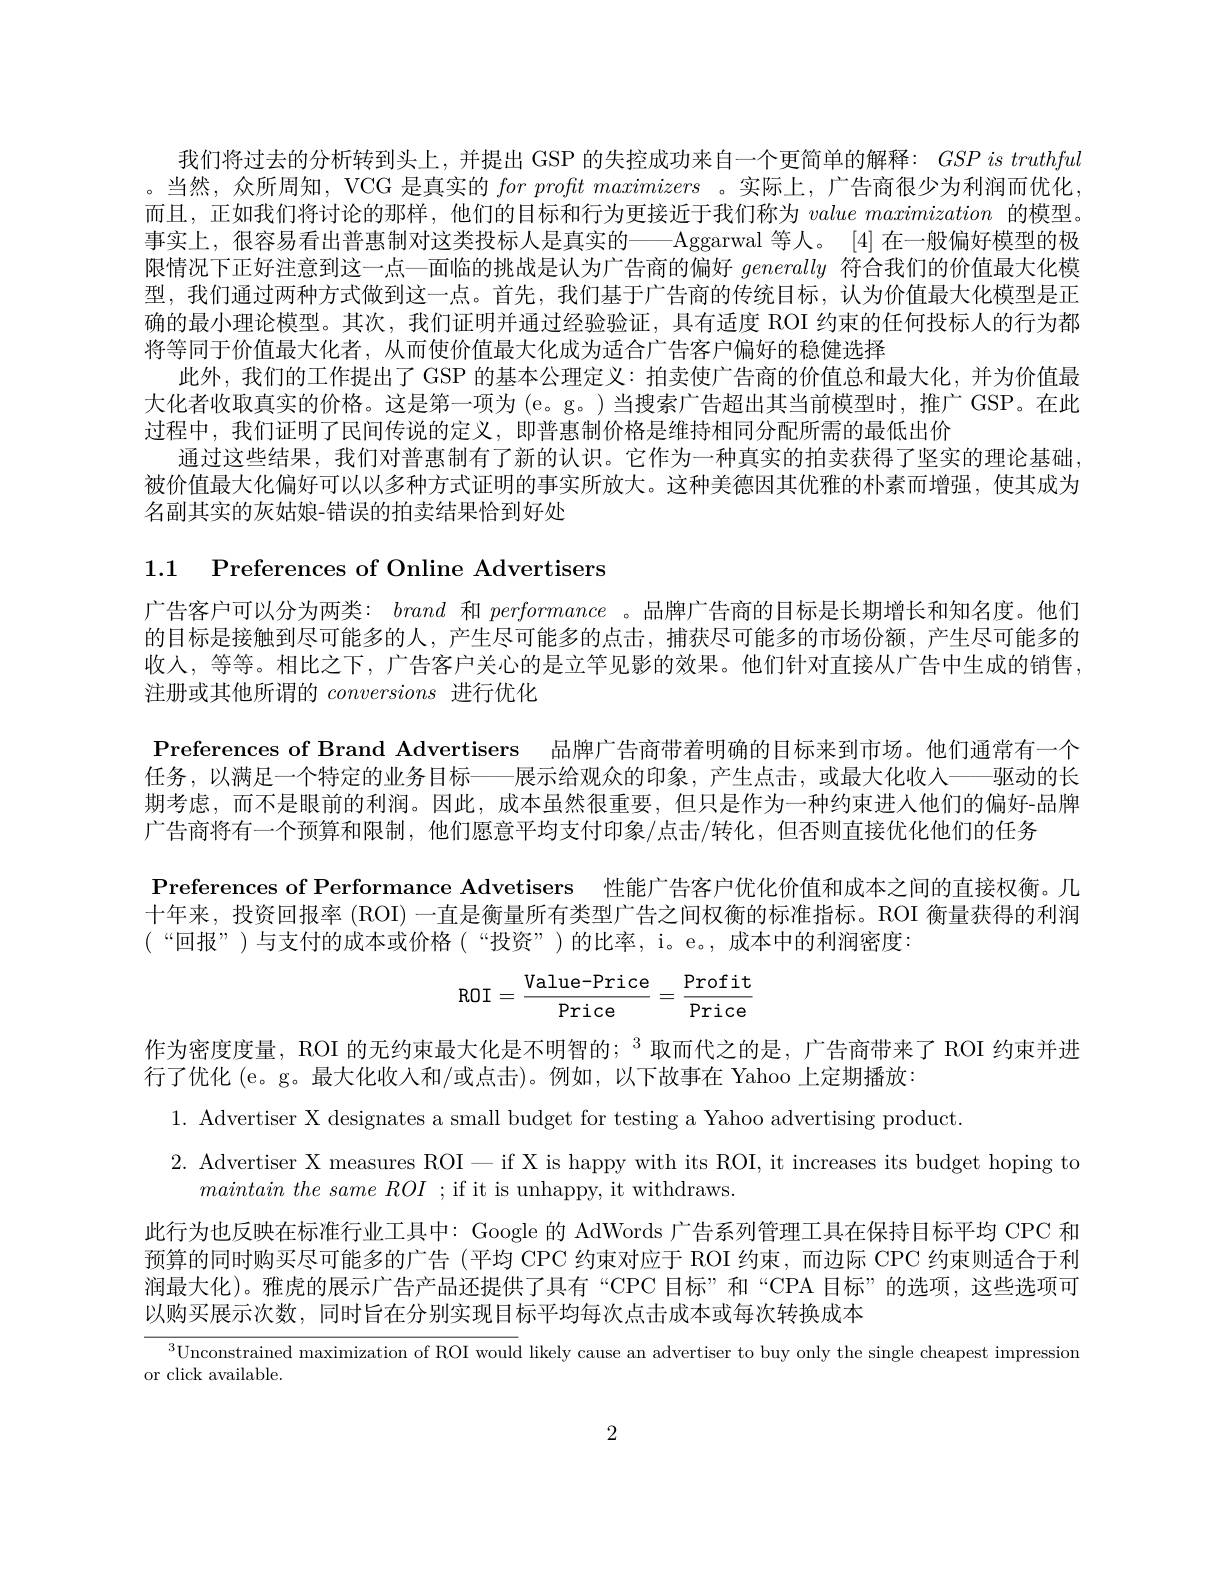
我们将过去的分析转到头上，并提出 GSP 的失控成功来自一个更简单的解释：GSPistruthful ,当然，众所周知，VCG 是真实的$forprofit\textit{ maximizers 。实 际 上 , 广 告 商 很 少 为 利 润 而 优 化 }$ 而且，正如我们将讨论的那样，他们的目标和行为更接近于我们称为$value\textit{ maximization 的 模 型 。}$ 事实上，很容易看出普惠制对这类投标人是真实的——Aggarwal 等人。[4] 在一般偏好模型的极限情况下正好注意到这一点一面临的挑战是认为广告商的偏好generally符合我们的价值最大化模型，我们通过两种方式做到这一点。首先，我们基于广告商的传统目标，认为价值最大化模型是正确的最小理论模型。其次，我们证明并通过经验验证，具有适度 ROI 约束的任何投标人的行为都将等同于价值最大化者，从而使价值最大化成为适合广告客户偏好的稳健选择
此外，我们的工作提出了 GSP 的基本公理定义：拍卖使广告商的价值总和最大化，并为价值最大化者收取真实的价格。这是第一项为(e。g。)当搜索广告超出其当前模型时，推广GSP。在此过程中，我们证明了民间传说的定义，即普惠制价格是维持相同分配所需的最低出价
通过这些结果，我们对普惠制有了新的认识。它作为一种真实的拍卖获得了坚实的理论基础， 被价值最大化偏好可以以多种方式证明的事实所放大。这种美德因其优雅的朴素而增强，使其成为名副其实的灰姑娘-错误的拍卖结果恰到好处

广告客户可以分为两类：brand和performance 。品牌广告商的目标是长期增长和知名度。他们的目标是接触到尽可能多的人，产生尽可能多的点击，捕获尽可能多的市场份额，产生尽可能多的收入，等等。相比之下，广告客户关心的是立竿见影的效果。他们针对直接从广告中生成的销售， 注册或其他所谓的conversions进行优化
Preferences of Brand Advertisers 品牌广告商带着明确的目标来到市场。他们通常有一个任务，以满足一个特定的业务目标——展示给观众的印象，产生点击，或最大化收入——驱动的长期考虑，而不是眼前的利润。因此，成本虽然很重要，但只是作为一种约束进人他们的偏好-品牌广告商将有一个预算和限制，他们愿意平均支付印象/点击/转化，但否则直接优化他们的任务
Preferences of Performance Advetisers 性能广告客户优化价值和成本之间的直接权衡。几十年来，投资回报率 (ROI) 一直是衡量所有类型广告之间权衡的标准指标。ROI 衡量获得的利润(“ 回 报 ” ) 与 支 付 的 成 本 或 价 格 ( “ 投 资 ” ) 的 比 率 , i。e。, 成 本 中 的 利 润 密 度 :

1.1 Preferences of Online Advertisers
$$\text{ROI}=\frac{\text{Value-Price}}{\text{Price}}=\frac{\text{Profit}}{\text{Price}}$$
作为密度度量，ROI 的无约束最大化是不明智的；$^3$取而代之的是，广告商带来了 ROI 约束并进
行了优化 (e。g。最大化收入和/或点击)。例如，以下故事在 Yahoo 上定期播放：
1. Advertiser X designates a small budget for testing a Yahoo advertising product.
2. Advertiser X measures ROI-if X is happy with its ROI, it increases its budget hoping to
$maintain\textit{ the same ROI ; if it is unhappy, it withdraws. }$
此行为也反映在标准行业工具中：Google 的 AdWords 广告系列管理工具在保持目标平均 CPC 和预算的同时购买尽可能多的广告(平均 CPC 约束对应于 ROI 约束，而边际 CPC 约束则适合于利润最大化)。雅虎的展示广告产品还提供了具有“CPC 目标”和“CPA 目标”的选项，这些选项可以购买展示次数，同时旨在分别实现目标平均每次点击成本或每次转换成本
$^{3}$Unconstrained maximization of ROI would likely cause an advertiser to buy only the single cheapest impression
or click available.
2